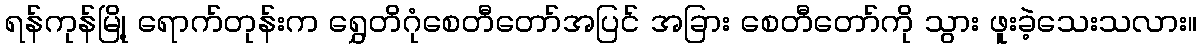
ရန်ကုန်မြို့ ရောက်တုန်းက ရွှေတိဂုံစေတီတော်အပြင် အခြား စေတီတော်ကို သွား ဖူးခဲ့သေးသလား။